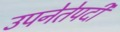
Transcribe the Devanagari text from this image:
उपनेतेपदी